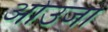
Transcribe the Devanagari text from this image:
ओउजो